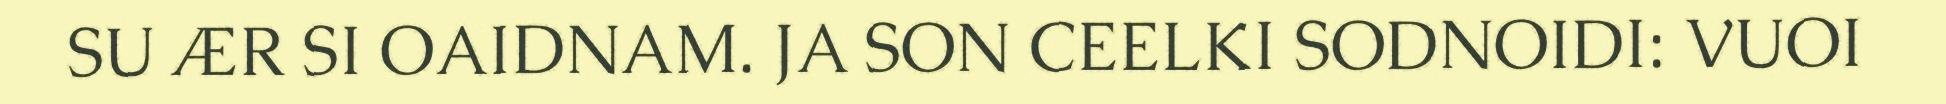
SU ÆR SI OAIDNAM. JA SON CEELKI SODNOIDI: VUOI